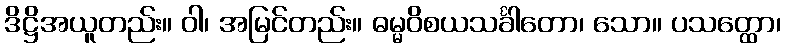
ဒိဋ္ဌိအယူတည်း။ ဝါ၊ အမြင်တည်း။ ဓမ္မဝိစယသင်္ခါတော၊ သော။ ပသတ္ထော၊